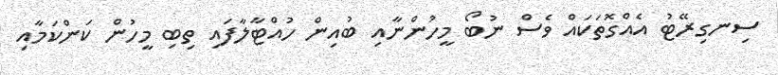
ސިނގިރޭޓު އެއްގޮތަކައް ވެސް ނުބޯ މީހުންނާއި ބުއިން ހުއްޓާލާފައި ތިބި މީހުން ކަންކަމާއި